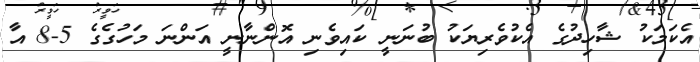
އެކަމަކު ޝާހިދުގެ އެކުވެރިޔަކު ބުނަނީ ކައިވެނި އޮންނާނީ އަންނަ މަހުގެގެ 5-8 އާ